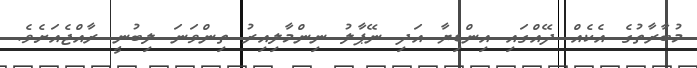
މުބާރާތުގެ އެކެއް ދޭއްގައި އިންޑިޔާ އަދި ނޭޕާލު ނިންމާލިއިރު ތިންވަނަ ލިބުނީ ރާއްޖެއަށެވެ.